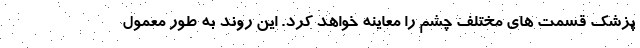
پزشک قسمت های مختلف چشم را معاینه خواهد کرد. این روند به طور معمول